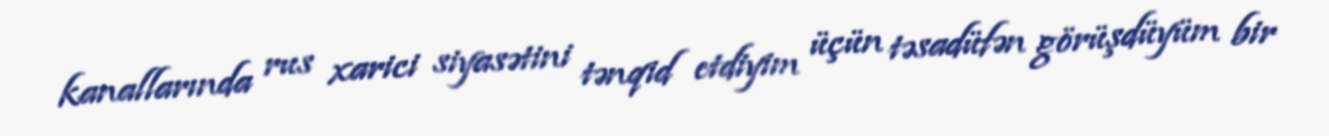
kanallarında rus xarici siyasətini tənqid etdiyim üçün təsadüfən görüşdüyüm bir